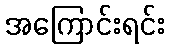
အကြောင်းရင်း